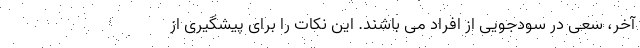
آخر، سعی در سودجویی از افراد می باشند. این نکات را برای پیشگیری از